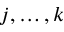
j , \dots , k